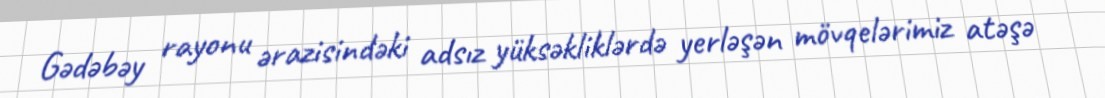
Gədəbəy rayonu ərazisindəki adsız yüksəkliklərdə yerləşən mövqelərimiz atəşə